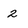
Character: 2